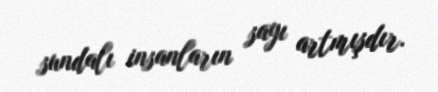
sundalı insanların sayı artmışdır.